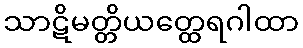
သာဋိမတ္တိယတ္ထေရဂါထာ